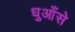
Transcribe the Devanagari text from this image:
धुआँसे